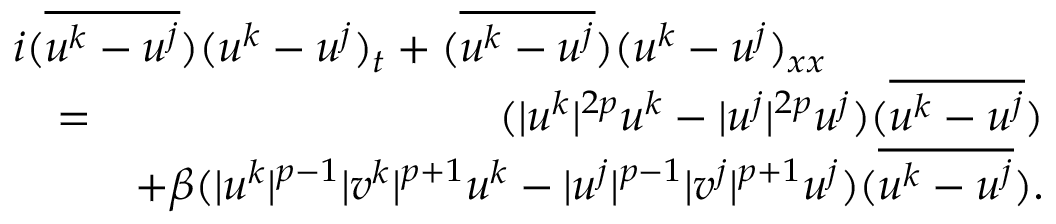
\begin{array} { r l r } { \lefteqn { i ( \overline { { u ^ { k } - u ^ { j } } } ) ( u ^ { k } - u ^ { j } ) _ { t } + ( \overline { { u ^ { k } - u ^ { j } } } ) ( u ^ { k } - u ^ { j } ) _ { x x } } } \\ & { = } & { ( | u ^ { k } | ^ { 2 p } u ^ { k } - | u ^ { j } | ^ { 2 p } u ^ { j } ) ( \overline { { u ^ { k } - u ^ { j } } } ) } \\ & { } & { + \beta ( | u ^ { k } | ^ { p - 1 } | v ^ { k } | ^ { p + 1 } u ^ { k } - | u ^ { j } | ^ { p - 1 } | v ^ { j } | ^ { p + 1 } u ^ { j } ) ( \overline { { u ^ { k } - u ^ { j } } } ) . } \end{array}